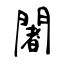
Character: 闍